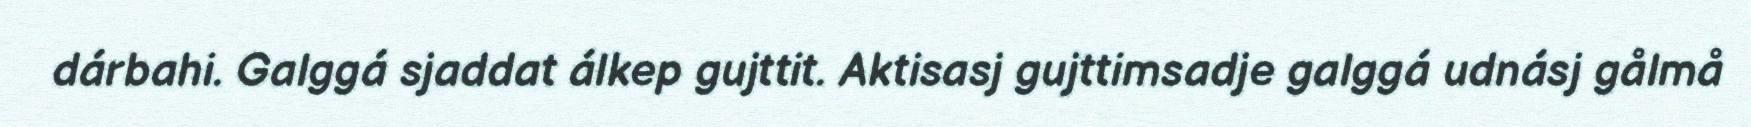
dárbahi. Galggá sjaddat álkep gujttit. Aktisasj gujttimsadje galggá udnásj gålmå